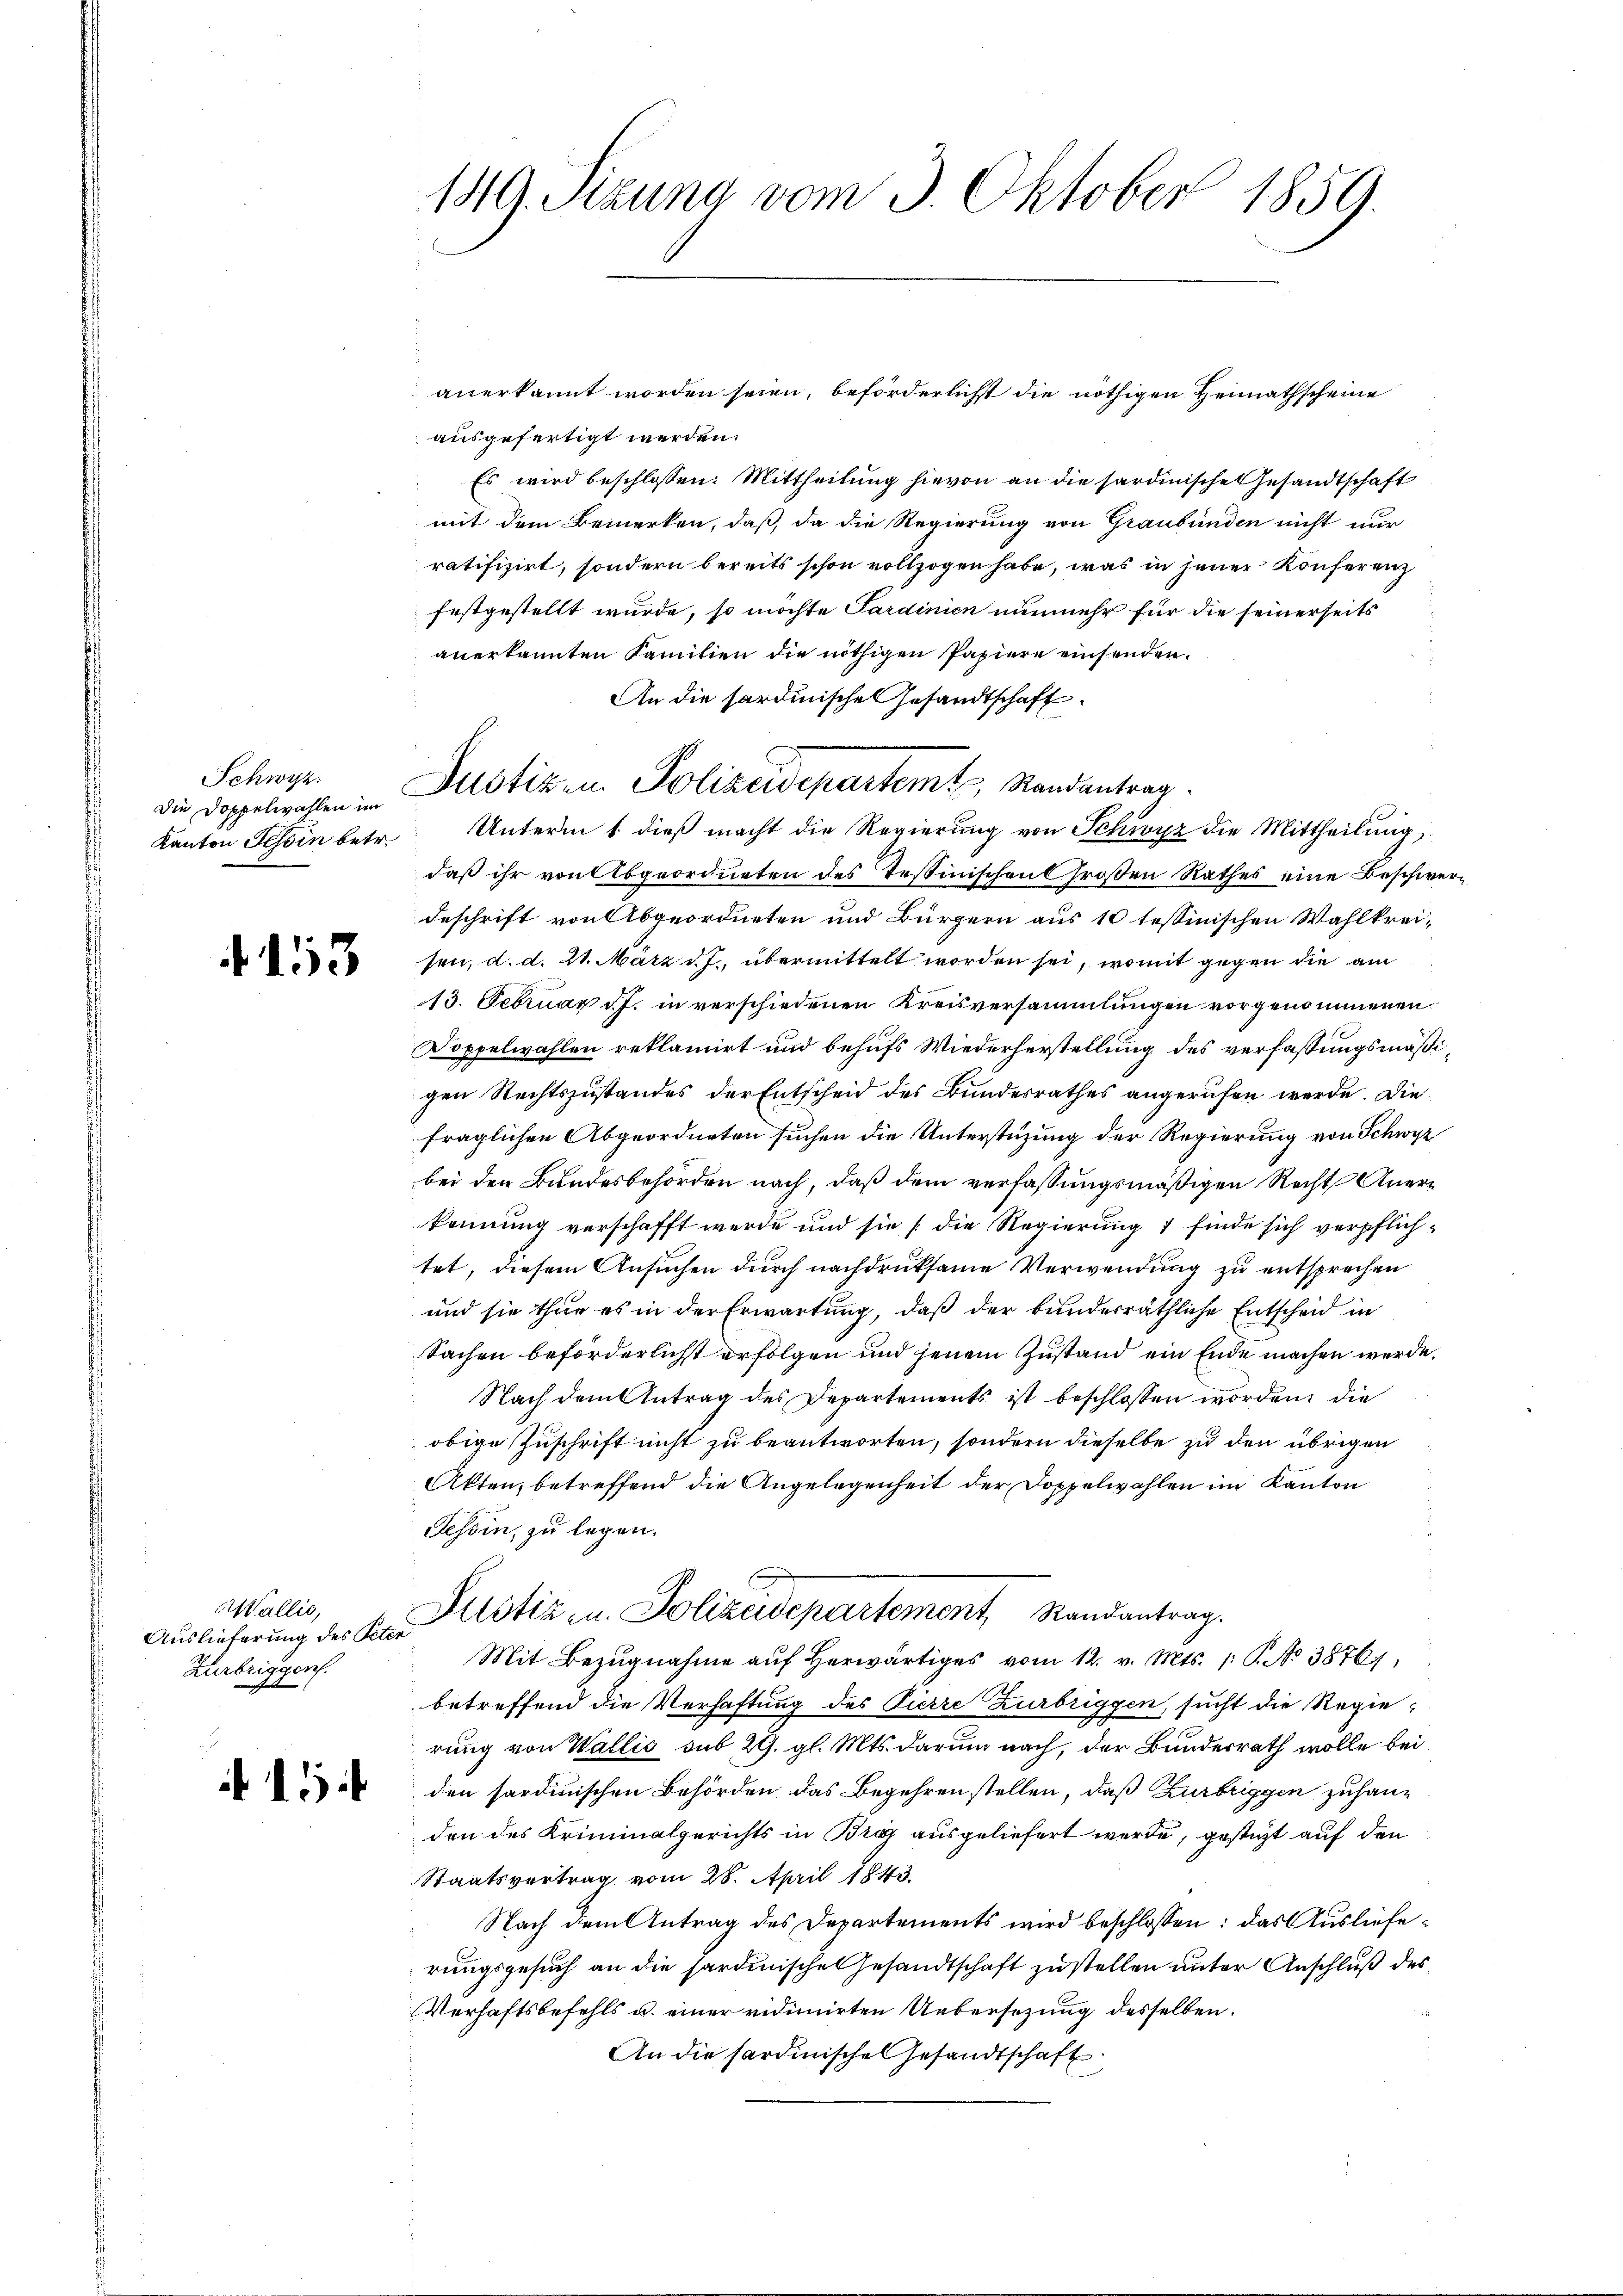
Schwyz.
Die Doppelwahlen im
Kanton Tessin betr.

.153

Wallis,
Auslieferung des Peter
Zurbriggen.

A 15

149. Sizung vom 3. Oktober 1859.

Justiz- u. Polizeidepartemt, Randantrag.

anerkannt worden seien, beförderlichst die nöthigen Heimathscheine
ausgefertigt werden.
Es wird beschlossen: Mittheilung hievon an die sardinische Gesandtschaft
mit dem Bemerken, daß, da die Regierung von Graubünden nicht nur
ratifizirt, sondern bereits schon vollzogen habe, was in jener Konferenz
festgestellt wurde, so möchte Sardinien nunmehr für die seinerseits
anerkannten Familien die nöthigen Papiere einsenden.
An die sardinische Gesandtschaft
Unterm 1. dieß macht die Regierung von Schwyz die Mittheilung,
daß ihr von Abgeordneten des Tessinischen Großen Rathes eine Beschwerdeschrift von Abgeordneten und Bürgern aus 10 tessinischen Wahlkreisen, d. d. 21. März d. J. übermittelt worden sei, womit gegen die am
13. Februar d. J. in verschiedenen Kreisversammlungen vorgenommenen
Doppelwahlen reklamirt und behufs Wiederherstellung des verfassungsmäßigen Rechtszustandes der Entscheid des Bundesrathes angerufen werde. Die
fraglichen Abgeordneten suchen die Unterstüzung der Regierung von Schwyz
bei den Bundesbehörden nach, daß dem verfassungsmäßigen Recht Anerkennung verschafft werde und sie (die Regierung 1 finde sich verpflichtet, diesem Ansuchen durch nachdruksame Verwendung zu entsprechen
und sie thue es in der Erwartung, daß der bunderräthliche Entscheid in
Sachen beförderlichst erfolgen und jenem Zustand ein Ende machen werde.
Nach dem Antrag des Departements ist beschlossen worden, die
obige Zuschrift nicht zu beantworten, sondern dieselbe zu den übrigen
Akten, betreffend die Angelegenheit der Doppelwahlen im Kanton
Tessin, zu legen.
Justiz- u. Polizeidepartement Randantrag.
Mit Bezugnahme aŭf herwärtiges vom 12. v. Mts. 1: P. No 38761,
betreffend die Verhaftung des Pierre Zurbriggen, sucht die Regierung von Wallis sub 29. gl. Mts. darum nach, der Bunderrath wolle bei
den sardinischen Behörden das Begehren stellen, daß Zurbriggen zuhan-
den des Kriminalgerichts in Braz ausgeliefert werde, gesteht auf den
Staatsvertrag vom 28. April 1843.
Nach dem Antrag des Departements wird beschlossen: das Auslieferungsgesuch an die hardinische Gesandtschaft zustellen unter Anschluß des
Verhaftsbefehls u. einer vidimirten Uebersetzung desselben.
An die Sardinische Gesandtschaft